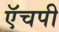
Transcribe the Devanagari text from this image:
ऍचपी